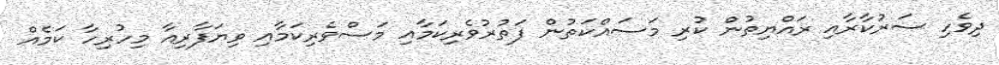
ދިވެހި ސަރުކާރާއި ރައްޔިތުން ކުރި މަސައްކަތުން ފަތުރުވެރިކަމާއި މަސްވެރިކަމާއި ވިޔަފާރިއާ މިހުރިހާ ކަމެއް